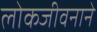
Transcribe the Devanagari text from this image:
लोकजीवनाने